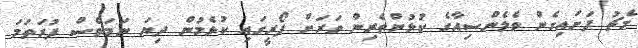
މެޗު ފަށައިގެން ވެލެންސިއާގެ ކުޅުންތެރިން ވަރަށް ފޯރީގައި ކުޅެމުން ދިޔަ ނަމަވެސް ފުރަތަމަ